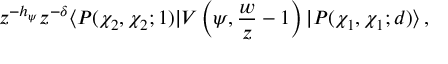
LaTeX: z ^ { - h _ { \psi } } z ^ { - \delta } \langle P ( \chi _ { 2 } , \chi _ { 2 } ; 1 ) | V \left( \psi , { \frac { w } { z } } - 1 \right) | P ( \chi _ { 1 } , \chi _ { 1 } ; d ) \rangle \, ,